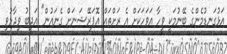
އަޅުގަނޑުމެންގެ ބޭނުމަކީ ވީހާ އަވަހަކަށް އެ ރަށްތައް އޮޕަރޭޝަނަށް ގެނައުން" އަދީބު ވިދާޅުވި